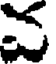
వ